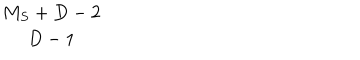
LaTeX: \begin{array} { c } { { M _ { S } + D - 2 } } \\ { { D - 1 } } \\ \end{array}